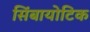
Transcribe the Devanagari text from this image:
सिंबायोटिक